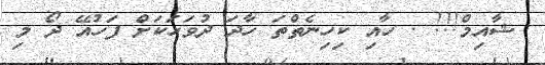
ޝާއިމް!!! . ހާއި ކިހިނެތްތަ ހާދަ ދުވަހަކަށް ފަހުއޭ ދޯ މި